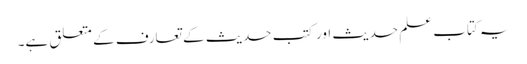
یہ کتاب علم حدیث اور کتب حدیث کے تعارف کے متعلق ہے۔